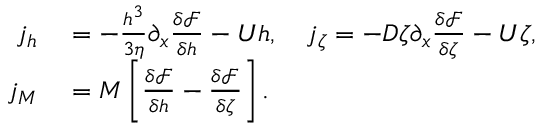
\begin{array} { r l } { j _ { h } } & { { } = - \frac { h ^ { 3 } } { 3 \eta } \partial _ { x } \frac { \delta \mathcal { F } } { \delta h } - U h , \quad j _ { \zeta } = - D \zeta \partial _ { x } \frac { \delta \mathcal { F } } { \delta \zeta } - U \zeta , } \\ { j _ { M } } & { { } = M \left[ \frac { \delta \mathcal { F } } { \delta h } - \frac { \delta \mathcal { F } } { \delta \zeta } \right] . } \end{array}